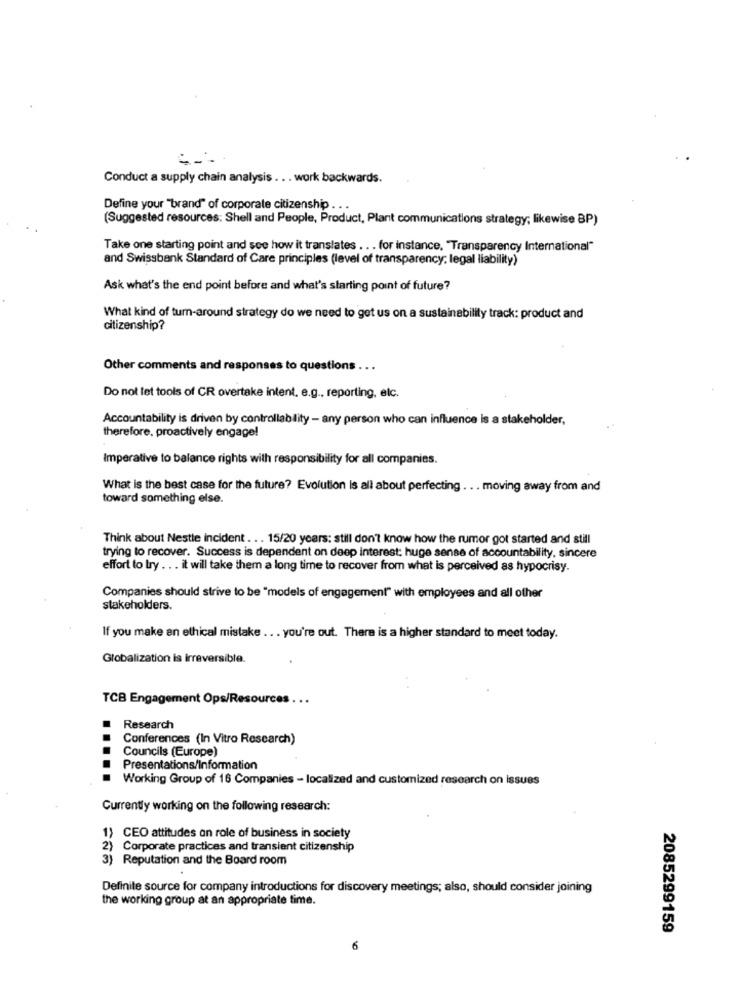
Conduct a supply chain analysis .. . work backwards.
Define your "brand" of corporate citizenship .
(Suggested resources: Shell and People, Product, Plant communications strategy; likewise BP)
Take one starting point and see how it translates .. . for instance, "Transparency International"
and Swissbank Standard of Care principles (level of transparency; legal liability)
Ask what's the end point before and what's starting point of future?
What kind of turn-around strategy do we need to get us on a sustainability track: product and
citizenship?
Other comments and responses to questions .
Do not let tools of CR overtake intent, e.g ., reporting, etc.
Accountability is driven by controllability - any person who can influence is a stakeholder,
therefore. proactively engage!
Imperative to balance rights with responsibility for all companies.
What is the best case for the future? Evolution Is all about perfecting . .. moving away from and
toward something else.
Think about Nestle incident . .. 15/20 years: still don't know how the rumor got started and still
trying to recover. Success is dependent on deep interest: huge sense of accountability, sincere
effort to try . . . it will take them a long time to recover from what is perceived as hypocrisy.
Companies should strive to be "models of engagement" with employees and all other
stakeholders.
If you make an ethical mistake ... you're out. There is a higher standard to meet today.
Globalization is irreversible.
TCB Engagement Ops/Resources
Research
Conferences (In Vitro Research)
Councils (Europe)
Presentations/Information
Working Group of 16 Companies - localized and customized research on issues
Currently working on the following research:
1) CEO attitudes an role of business in society
2) Corporate practices and transient citizenship
3) Reputation and the Board room
Definite source for company introductions for discovery meetings; also, should consider joining
the working group at an appropriate time.
2085299159
10